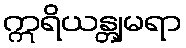
ဣရိယန္တျမရာ